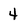
Character: 4